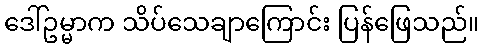
ဒေါ်ဥမ္မာက သိပ်သေချာကြောင်း ပြန်ဖြေသည်။